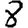
Digit: 8